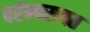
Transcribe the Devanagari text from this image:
परंम्परागत